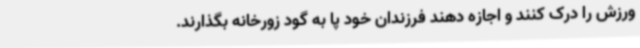
ورزش را درک کنند و اجازه دهند فرزندان خود پا به گود زورخانه بگذارند.